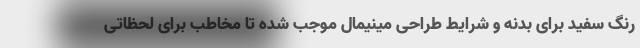
رنگ سفید برای بدنه و شرایط طراحی مینیمال موجب شده تا مخاطب برای لحظاتی